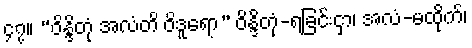
၄၇။ “ဝိန္ဒိတုံ အလံတိ ဝိဒူရော” ဝိန္ဒိတုံ-ရခြင်းငှာ၊ အလံ-မထိုက်၊